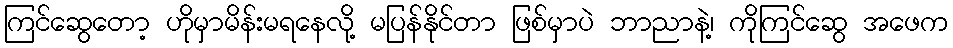
ကြင်ဆွေတော့ ဟိုမှာမိန်းမရနေလို့ မပြန်နိုင်တာ ဖြစ်မှာပဲ ဘာညာနဲ့၊ ကိုကြင်ဆွေ အဖေက